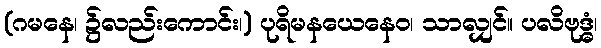
(ဂမနေ၊ ၌လည်းကောင်း၊) ပုရိမနယေနေဝ၊ သာလျှင်။ ပလိဗုဒ္ဓံ၊